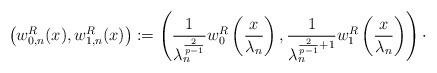
LaTeX: \begin{align*}\left( w_{0,n}^{R}(x), w_{1,n}^{R} (x) \right) :=\left( \frac{1}{\lambda_{n}^{\frac{2}{p-1}}} w_{0}^{R} \left( \frac{x}{\lambda_{n}} \right), \frac{1}{\lambda_{n}^{\frac{2}{p-1} + 1}} w_{1}^{R} \left(\frac{x}{\lambda_{n}} \right)\right) \cdot\end{align*}